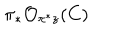
\pi _ { * } { \cal { O } } _ { \pi ^ { * } z } ( C )